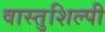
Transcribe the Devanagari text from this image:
वास्‍तुशिल्‍पी